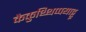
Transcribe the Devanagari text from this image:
कैकुथ्थिप्पयाट्टू